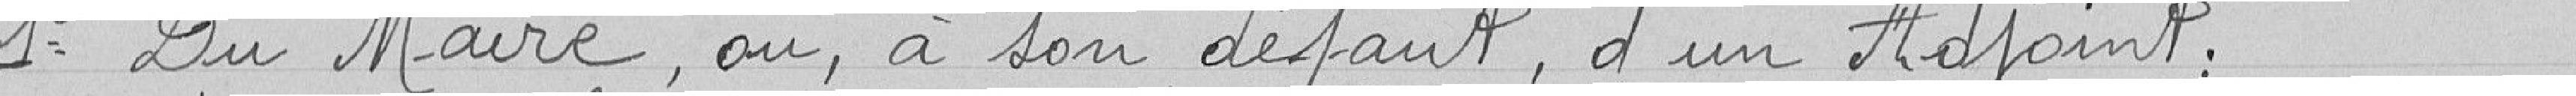
1° Du Maire, ou à son défaut, d'un adjoint ;